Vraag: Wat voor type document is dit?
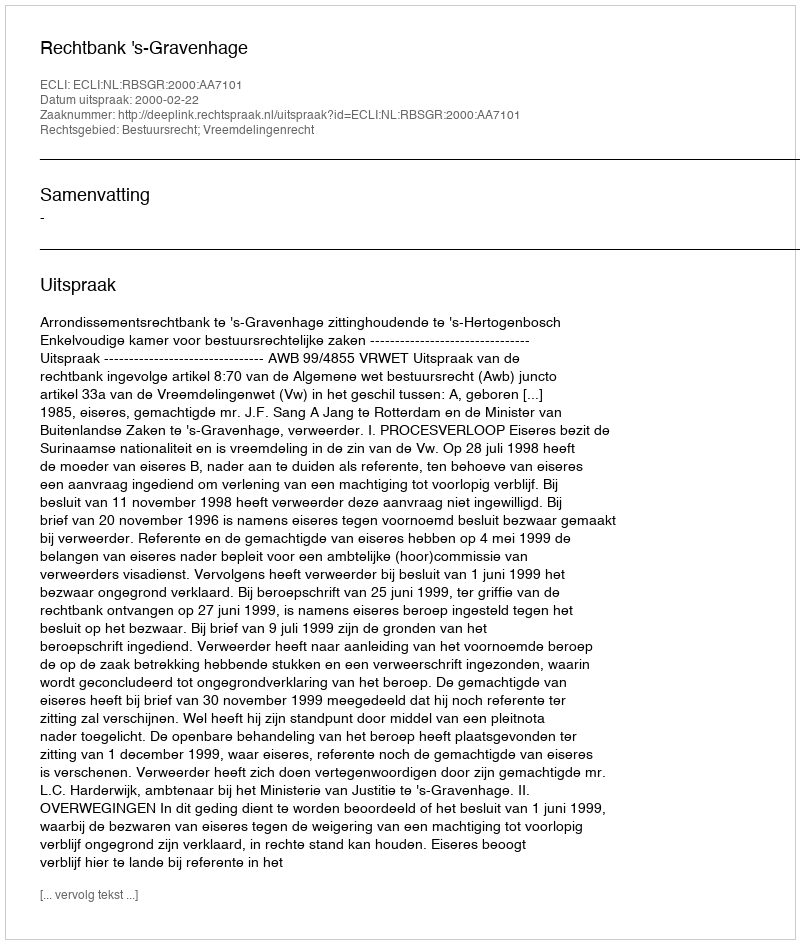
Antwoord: Uitspraak